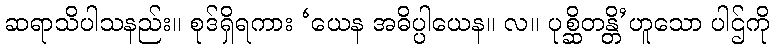
ဆရာသိပါသနည်း။ စုဒ်ရှိရကား ‘ယေန အဓိပ္ပါယေန။ လ။ ပုစ္ဆိတန္တိ’ဟူသော ပါဌ်ကို